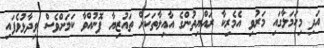
އަދި މިހަމަލާގައި މަރުވި އެމެރިކާ ރައްޔިތުންގެ އާއިލާތަކަށް ތައުޒިޔާ ފޮނުއްވާ ކަމަށްވެސް ވިދާޅުވެފައި